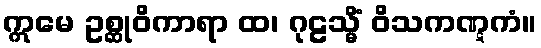
ဣမေ ဥစ္ဆုဝိကာရာ ထ၊ ဂုဠသ္မိံ ဝိသကဏ္ဋကံ။